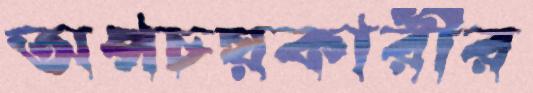
অপচয়কারীর